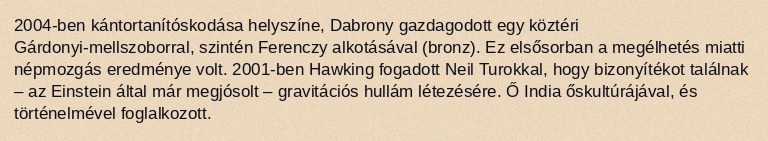
2004-ben kántortanítóskodása helyszíne, Dabrony gazdagodott egy köztéri Gárdonyi-mellszoborral, szintén Ferenczy alkotásával (bronz). Ez elsősorban a megélhetés miatti népmozgás eredménye volt. 2001-ben Hawking fogadott Neil Turokkal, hogy bizonyítékot találnak – az Einstein által már megjósolt – gravitációs hullám létezésére. Ő India őskultúrájával, és történelmével foglalkozott.